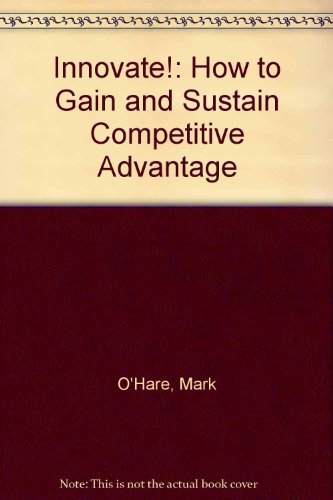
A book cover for Innovate!: How to Gain and Sustain Competitive Advantage; Mark O'Hare; Business & Money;